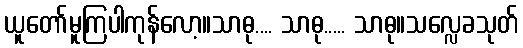
ယူတော်မူကြပါကုန်လော့။သာဓု.... သာဓု..... သာဓု။သလ္လေခသုတ်